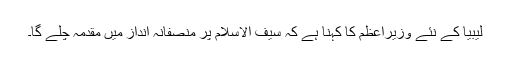
لیبیا کے نئے وزیراعظم کا کہنا ہے کہ سیف الاسلام پر منصفانہ انداز میں مقدمہ چلے گا۔